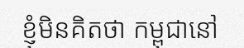
ខ្ញុំមិនគិតថា កម្ពុជានៅ